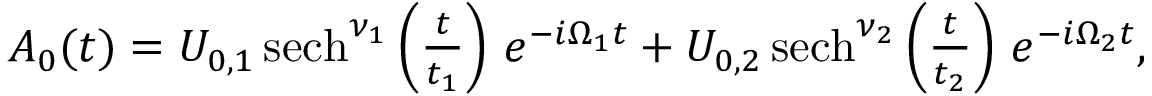
\begin{array} { r } { A _ { 0 } ( t ) = U _ { 0 , 1 } \, \mathrm { { s e c h } } ^ { \nu _ { 1 } } \left( \frac { t } { t _ { 1 } } \right) \, e ^ { - i \Omega _ { 1 } t } + U _ { 0 , 2 } \, \mathrm { { s e c h } } ^ { \nu _ { 2 } } \left( \frac { t } { t _ { 2 } } \right) \, e ^ { - i \Omega _ { 2 } t } , } \end{array}